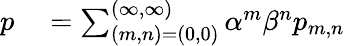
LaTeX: \begin{array}{rl}{p}&{{}=\sum_{(m,n)=(0,0)}^{(\infty,\infty)}\alpha^{m}\beta^{n}p_{m,n}}\end{array}